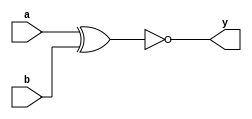
// This program was cloned from: https://github.com/Aryavardhan37/Verilog_codes
// License: MIT License

module xnor_gate(a,b,y);
input a,b;
output y;
xnor(y,a,b);
endmodule